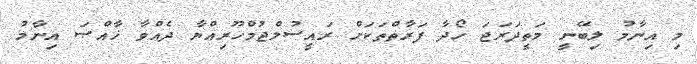
މި އިނާމު ލިބޭނީ މަތީދަރަޖަ ހޯދާ ފަރާތްތަކަށް ރައީސުލްޖުމްހޫރިއްޔާ ދެއްވާ ޚާއްޞަ އިނާމު